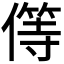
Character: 𠎬